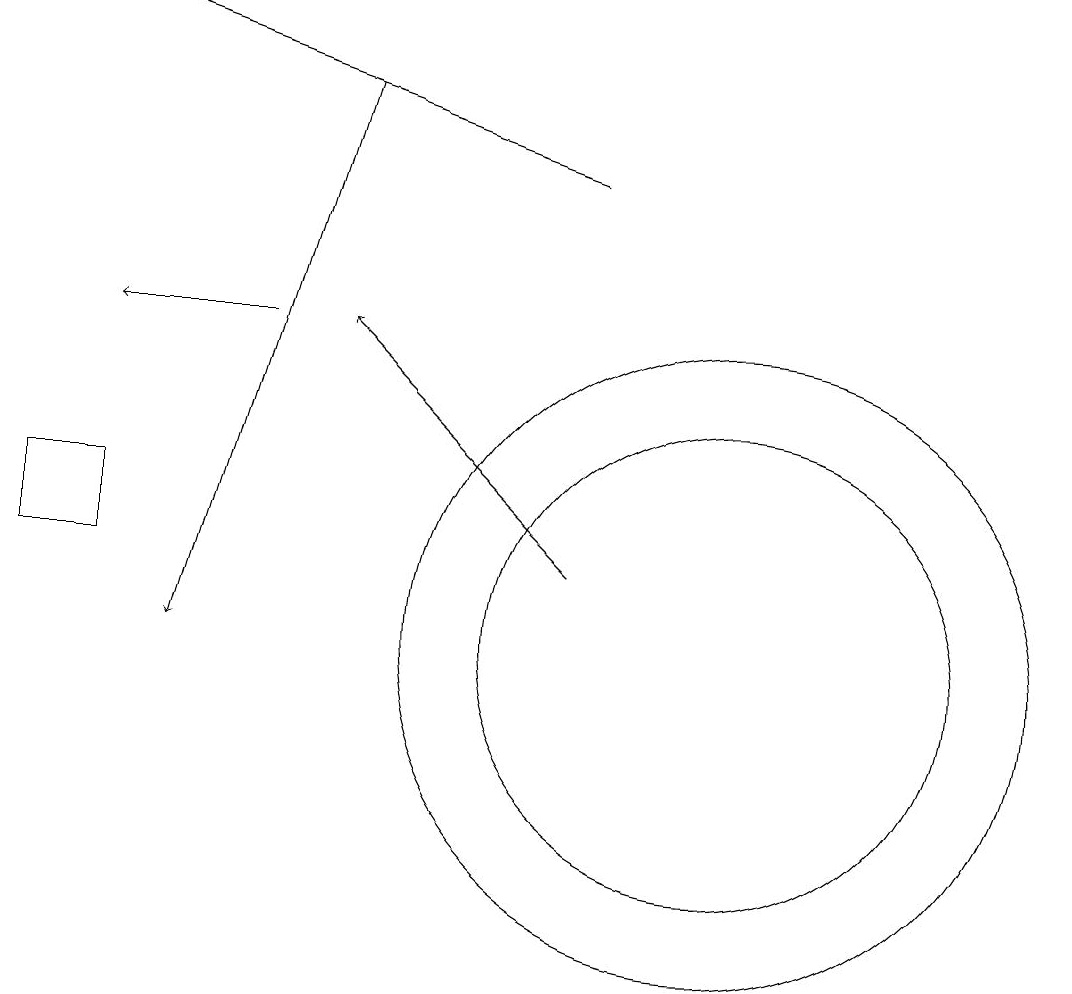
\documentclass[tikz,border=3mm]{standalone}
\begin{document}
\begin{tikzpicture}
\draw[->] (8,17) -- (2,19);
\draw (1,12) rectangle (2,13);
\draw (10,11) circle (4);
\draw (10,11) circle (3);
\draw[->] (4,15) -- (2,15);
\draw[->] (8,12) -- (5,15);
\draw[->] (5,18) -- (3,11);
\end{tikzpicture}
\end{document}